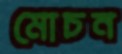
মোচন